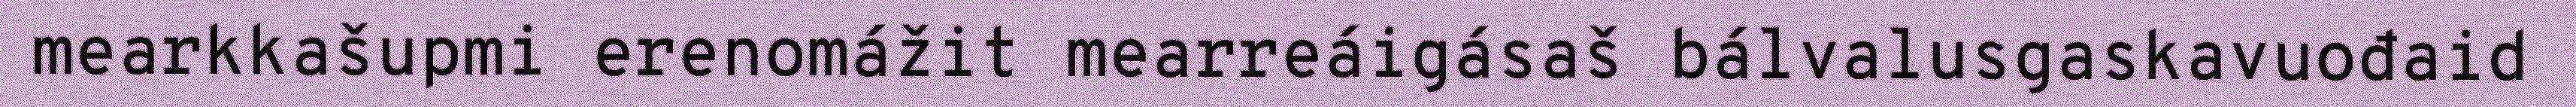
mearkkašupmi erenomážit mearreáigásaš bálvalusgaskavuođaid